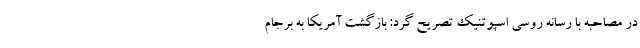
در مصاحبه با رسانه روسی اسپوتنیک تصریح گرد: بازگشت آمریکا به برجام